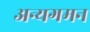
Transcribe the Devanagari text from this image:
अन्यगमन